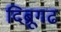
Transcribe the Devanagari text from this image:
दिब्रूगढ